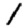
Digit: 1